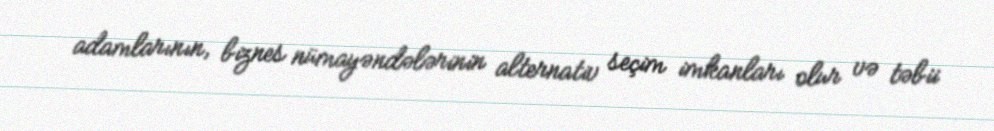
adamlarının, biznes nümayəndələrinin alternativ seçim imkanları olur və təbii